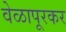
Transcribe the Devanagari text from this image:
वेळापूरकर